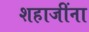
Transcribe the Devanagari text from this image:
शहाजींना